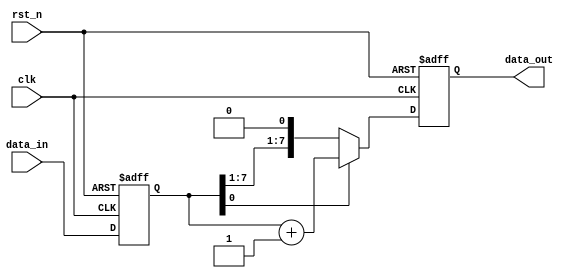
module synchronous_logic (
    input wire clk,          // Clock signal
    input wire rst_n,       // Active-low reset signal
    input wire [7:0] data_in, // Input data
    output reg [7:0] data_out // Output data
);

    // Internal state variable
    reg [7:0] state;

    // Always block sensitive to the positive edge of the clock
    always @(posedge clk or negedge rst_n) begin
        if (!rst_n) begin
            // Reset logic: initialize state and output
            state <= 8'b0;
            data_out <= 8'b0;
        end else begin
            // State updates based on input data
            state <= data_in;

            // Example control flow: output the state
            if (state[0] == 1'b1) begin
                data_out <= state + 1; // Increment state if LSB is 1
            end else begin
                data_out <= state;      // Pass state directly if LSB is 0
            end
        end
    end

endmodule